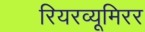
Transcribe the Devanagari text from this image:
रियरव्यूमिरर